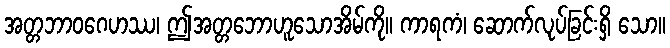
အတ္တဘာဝဂေဟဿ၊ ဤအတ္တဘောဟူသောအိမ်ကို။ ကာရကံ၊ ဆောက်လုပ်ခြင်းရှိ သော။